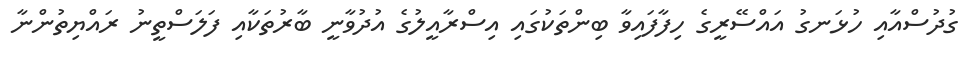
ގުދުސްއާއި ހުޅަނގު އައްސޭރީގެ ހިފާފައިވާ ބިންތަކުގައި އިސްރާއީލުގެ އުދުވާނީ ބާރުތަކާއި ފަލަސްތީނު ރައްޔިތުންނާ